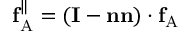
\mathbf { f } _ { \mathrm { A } } ^ { \| } = ( \mathbf { I } - \mathbf { n n } ) \cdot \mathbf { f } _ { \mathrm { A } }